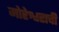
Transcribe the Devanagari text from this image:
मोरेश्वराची